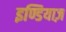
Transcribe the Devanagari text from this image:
इण्डियाज़